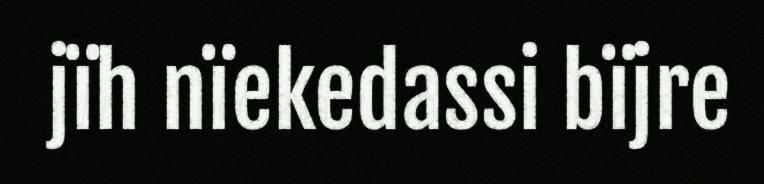
jïh nïekedassi bïjre